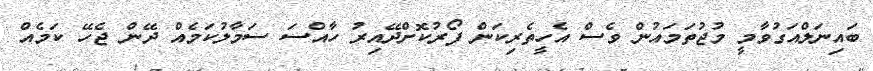
ބައިނަލްއަގުވާމީ މުޖުތަމައުން ވެސް އެހީތެރިކަން ފޯރުކޮށްދޭއިރު ހާއްސަ ސަމާލުކަމެއް ދޭން ޖެހޭ ކަމެއް